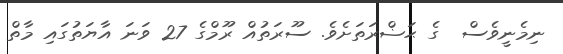
ނިމެނީވެސް  ގެ ޙަޟްރަތަށެވެ. ސޫރަތުއް ރޫމްގެ 27 ވަނަ އާޔަތުގައި މާތް